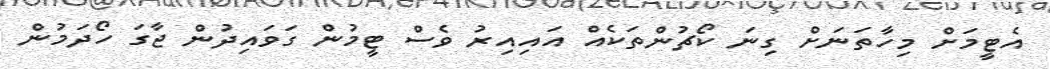
އެޓީމަށް މިހާތަނަށް ގިނަ ކޯޗުންތަކެއް އައިއިރު ވެސް ޓީމުން ގަވައިދުން ޖާގަ ހޯދަމުން